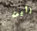
رأيت